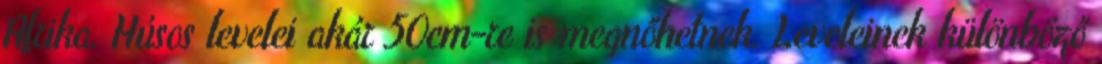
Afrika. Húsos levelei akár 50cm-re is megnőhetnek. Leveleinek különböző